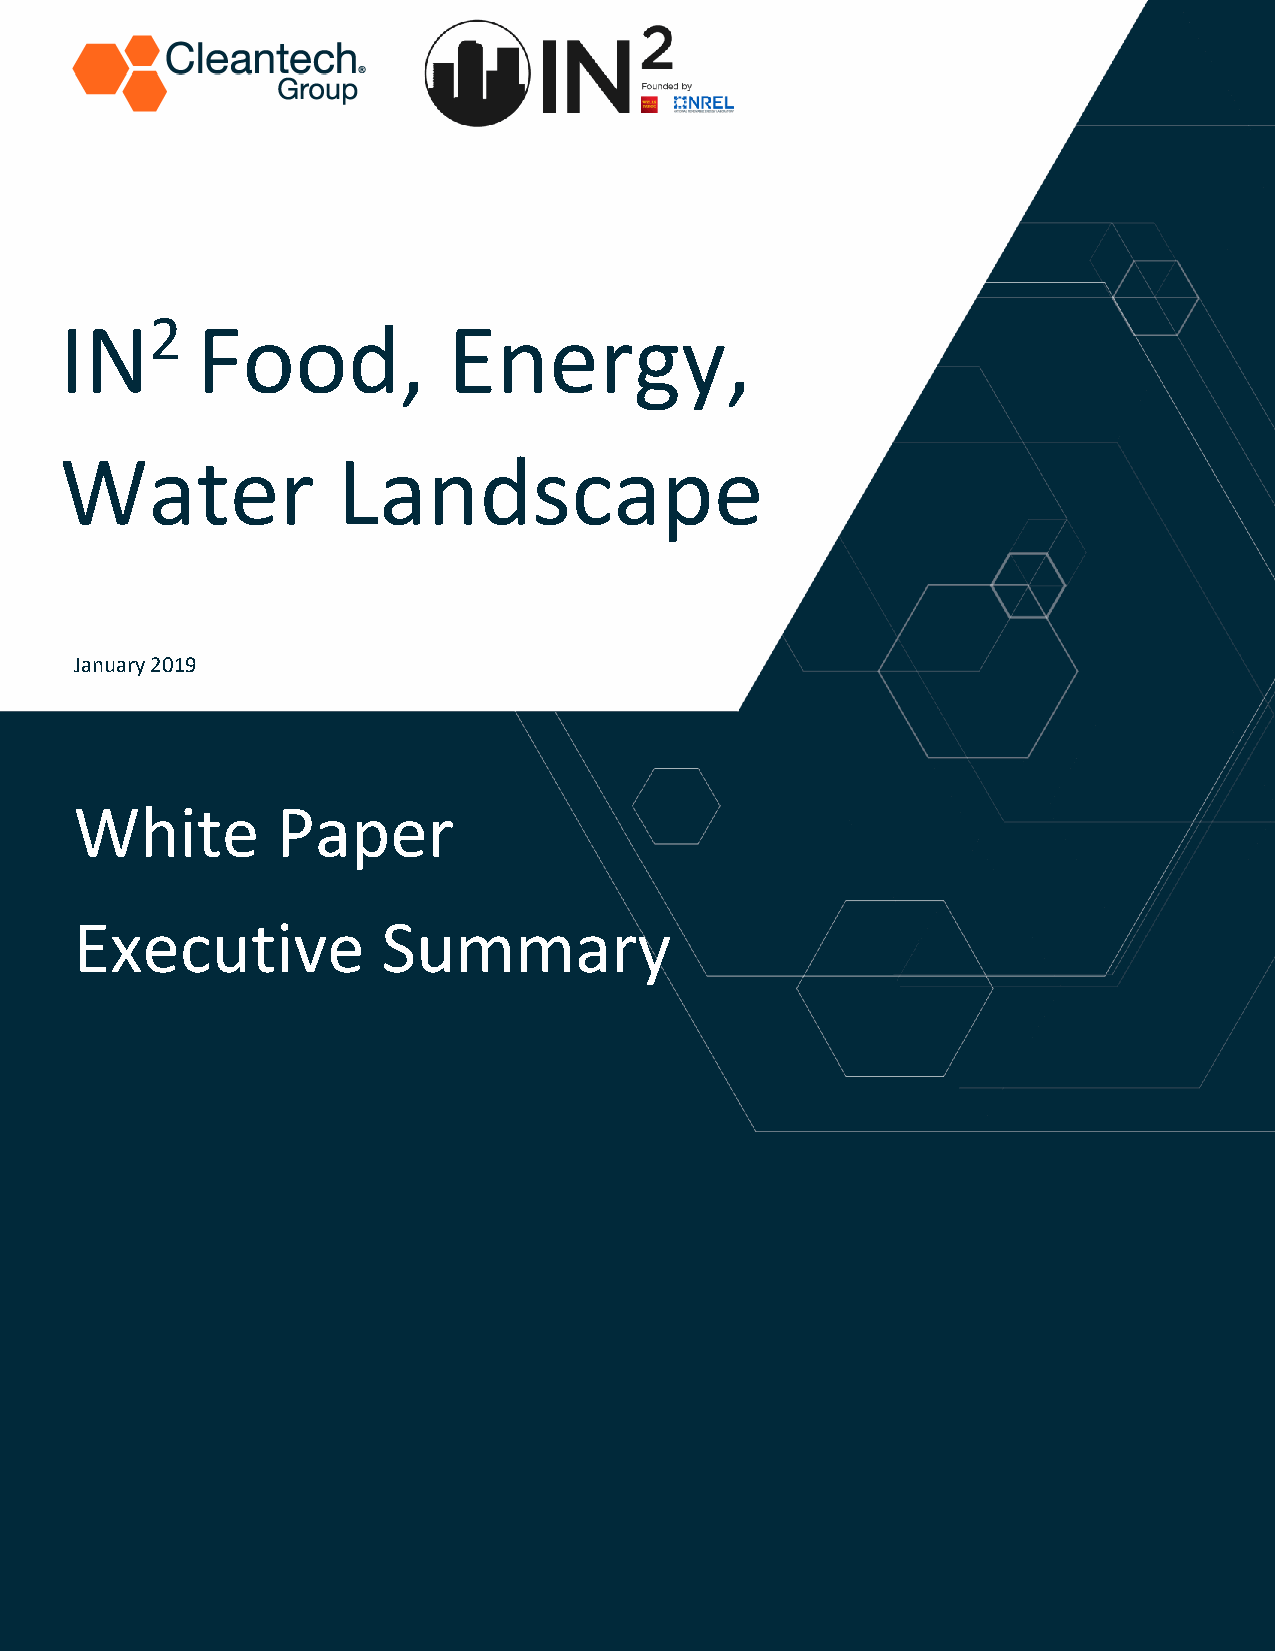
2
 IN       Food,            Energy,
 Water             Landscape
 January 2019
 White        Paper
 Executive           Summary